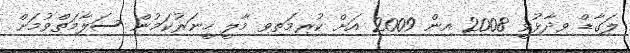
ލަގާޑް ވިދާޅުވީ 2008 އިން 2009 އަށް ކުރިމަތިވި މާލީ ހީނަރުކަމުން ސަލާމަތްވުމަށް